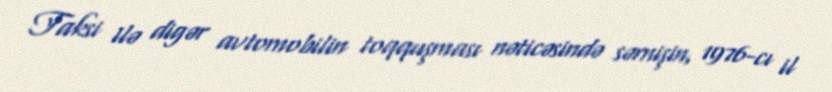
Taksi ilə digər avtomobilin toqquşması nəticəsində sərnişin, 1976-cı il